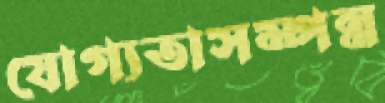
যোগ্যতাসম্পন্ন